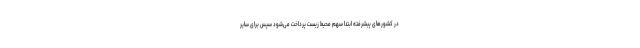
در کشورهای پیشرفته ابتدا سهم محیط زیست پرداخت می‌شود سپس برای سایر